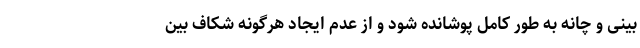
بینی و چانه به طور کامل پوشانده شود و از عدم ایجاد هرگونه شکاف بین